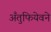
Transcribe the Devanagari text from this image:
अँतुफियेवने